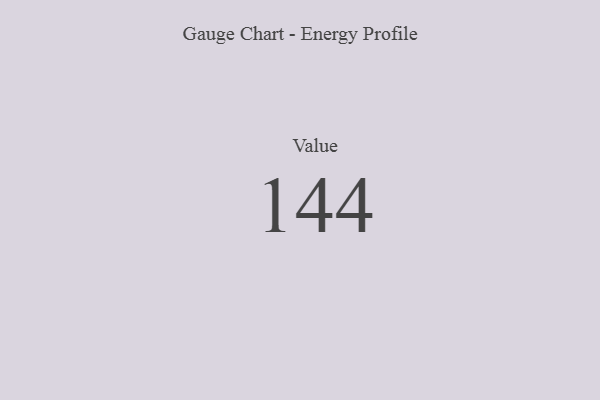
{"axis": {"x": "Metric", "y": "Value"}, "legend": [""], "data": [{"x": "Value", "y": 144, "type": ""}]}